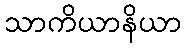
သာကိယာနိယာ